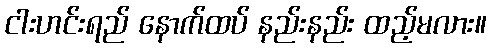
ငါးဟင်းရည် နောက်ထပ် နည်းနည်း ထည့်မလား။